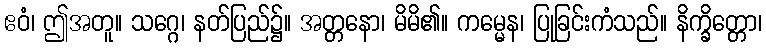
ဧဝံ၊ ဤအတူ။ သဂ္ဂေ၊ နတ်ပြည်၌။ အတ္တနော၊ မိမိ၏။ ကမ္မေန၊ ပြုခြင်းကံသည်။ နိက္ခိတ္တော၊